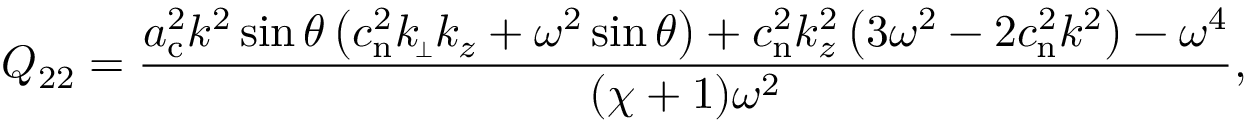
Q _ { 2 2 } = \frac { a _ { \mathrm { c } } ^ { 2 } k ^ { 2 } \sin \theta \left( c _ { \mathrm { n } } ^ { 2 } k _ { \scriptscriptstyle \! \perp } k _ { z } + \omega ^ { 2 } \sin \theta \right) + c _ { \mathrm { n } } ^ { 2 } k _ { z } ^ { 2 } \left( 3 \omega ^ { 2 } - 2 c _ { \mathrm { n } } ^ { 2 } k ^ { 2 } \right) - \omega ^ { 4 } } { ( \chi + 1 ) \omega ^ { 2 } } ,